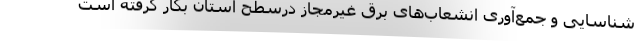
شناسایی و جمع‌آوری انشعاب‌های برق غیرمجاز درسطح استان بکار گرفته است